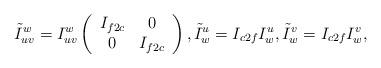
LaTeX: \begin{align*}\tilde I_{uv}^w = I_{uv}^w \left(\begin{array}{cc}I_{f2c} & 0 \\ 0 & I_{f2c}\end{array}\right), \tilde I_{w}^u =I_{c2f} I_{w}^u, \tilde I_{w}^v =I_{c2f} I_{w}^v,\end{align*}